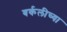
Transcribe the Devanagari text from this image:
बर्कलीच्या